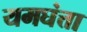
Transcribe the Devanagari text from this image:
यमघंत्ता